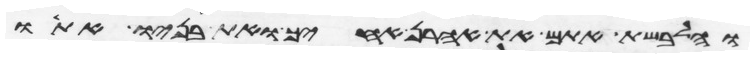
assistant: והלבשת אתם את אהרן אחיך ואת בניו אתו